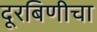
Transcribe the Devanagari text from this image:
दूरबिणीचा